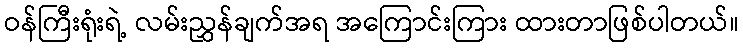
ဝန်ကြီးရုံးရဲ့ လမ်းညွှန်ချက်အရ အကြောင်းကြား ထားတာဖြစ်ပါတယ်။